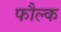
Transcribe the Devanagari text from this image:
फौल्क